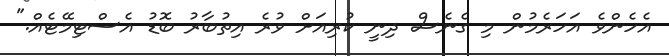
އެހެންވެ އަހަރެމުން މި ގެނެސް ދިނީ ކުރިއަށް ވުރެ އިތުބާރު ބޮޑު އެސްޓިމޭޓެއް."